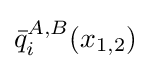
{\bar {q}}_{i}^{A,B}(x_{1,2})